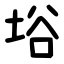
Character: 﨏